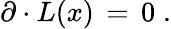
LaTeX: \partial\cdot L(x)\, =\, 0\; .